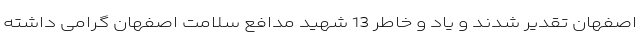
اصفهان تقدیر شدند و یاد و خاطر 13 شهید مدافع سلامت اصفهان گرامی داشته